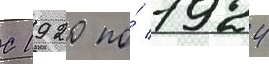
С 1920 по́ 1924